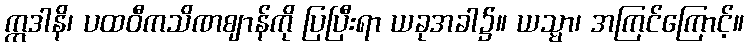
ဣဒါနိ၊ ပထဝီကသိဏဈာန်ကို ပြပြီးရာ ယခုအခါ၌။ ယသ္မာ၊ အကြင်ကြောင့်။